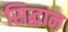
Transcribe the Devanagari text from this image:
सिद्धान